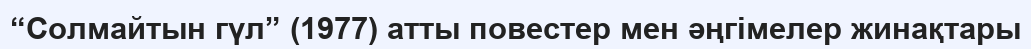
“Солмайтын гүл” (1977) атты повестер мен әңгімелер жинақтары